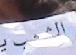
الشمب